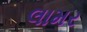
લામર